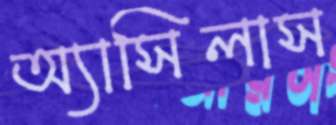
অ্যাসিলাস